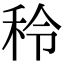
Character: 秢